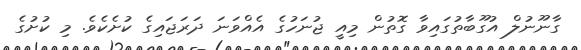
ގާނޫނުލް އުގޫބާތުގައިވާ ގޮތުން މިއީ ޖުނަހުގެ އެއްވަނަ ދަރަޖައިގެ ކުށެކެވެ. މި ކުށުގެ